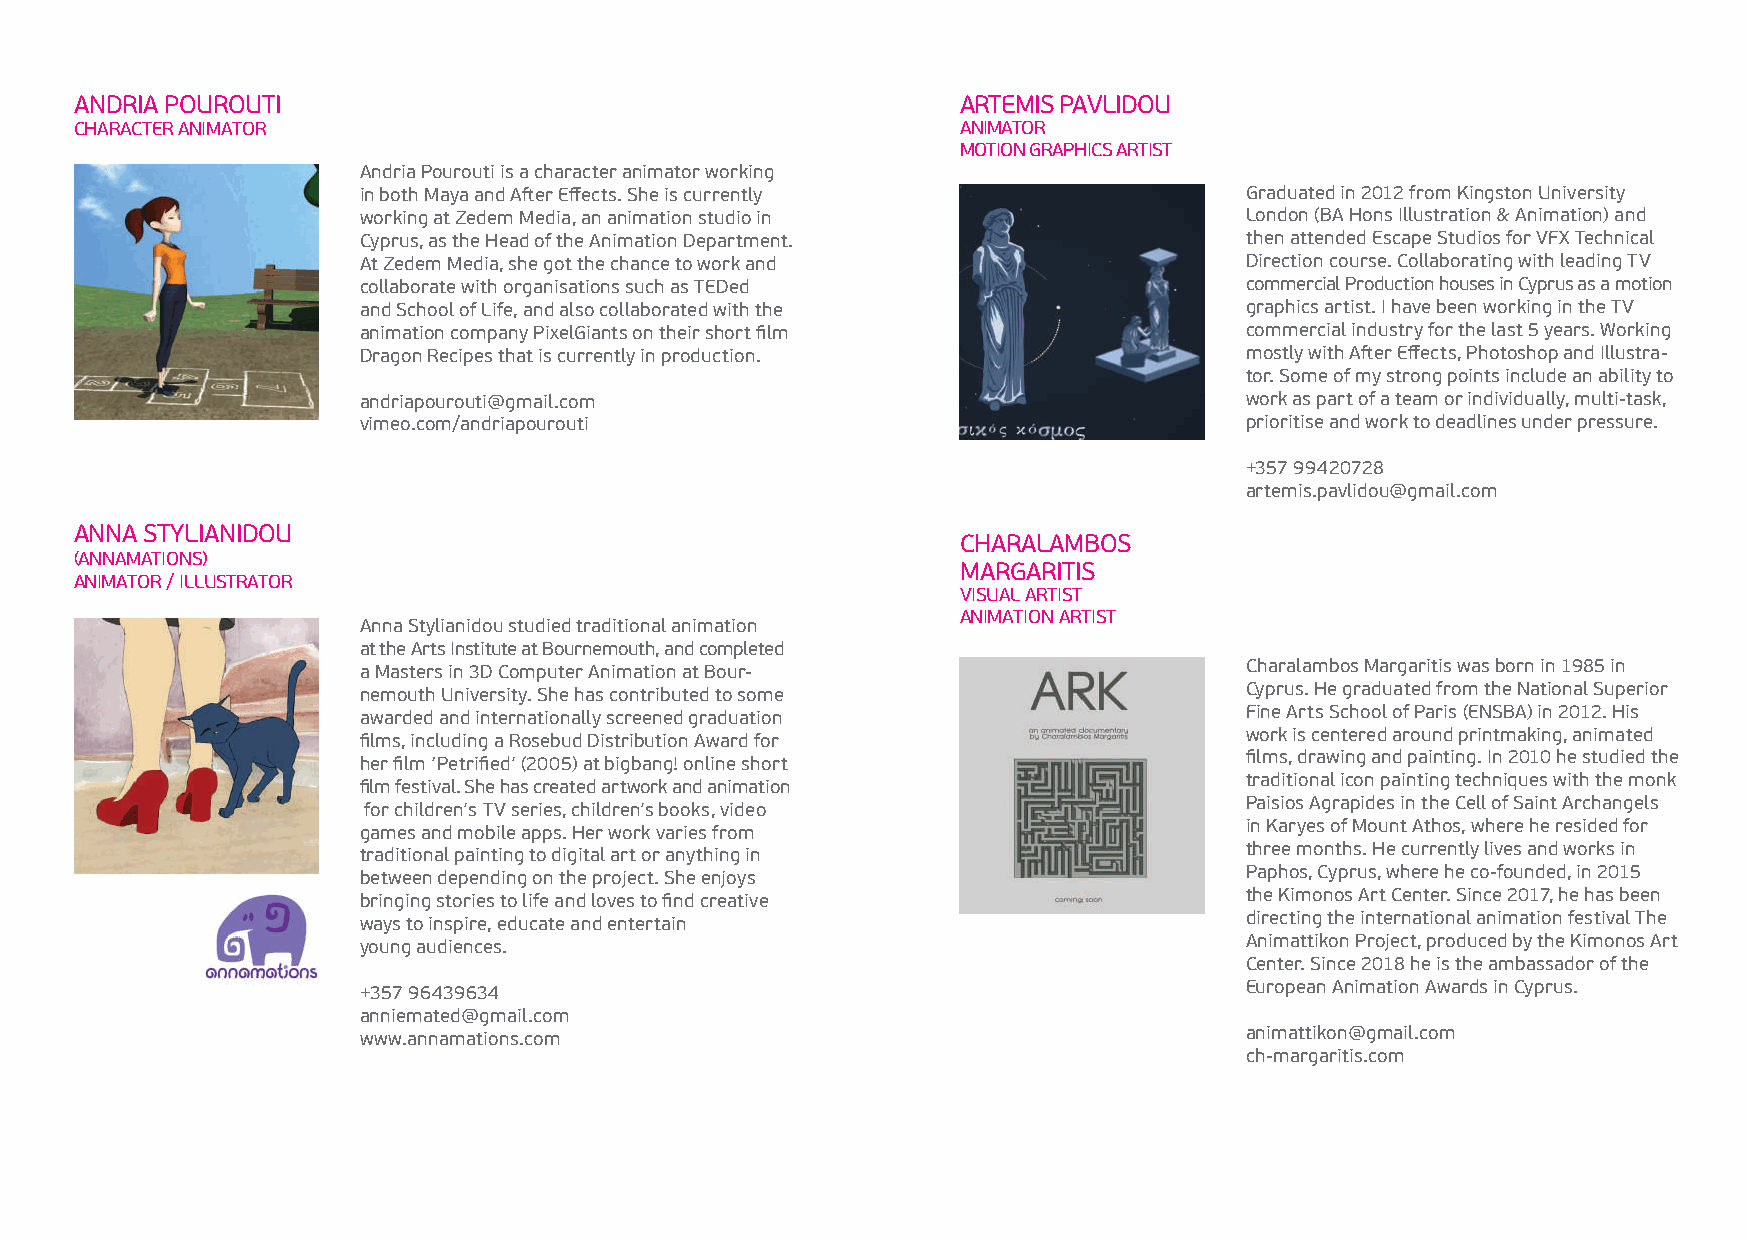
ANDRIA POUROUTI                                            ARTEMIS PAVLIDOU
 CHARACTER ANIMATOR                                         ANIMATOR
 MOTION GRAPHICS ARTIST
 Andria Pourouti is a character animator working
 in both Maya and After Effects. She is currently          Graduated in 2012 from Kingston University
 working at Zedem Media, an animation studio in            London (BA Hons Illustration & Animation) and
 Cyprus, as the Head of the Animation Department.          then attended Escape Studios for VFX Technical
 At Zedem Media, she got the chance to work and            Direction course. Collaborating with leading TV
 collaborate with organisations such as TEDed              commercial Production houses in Cyprus as a motion
 and School of Life, and also collaborated with the        graphics artist. I have been working in the TV
 animation company PixelGiants on their short film         commercial industry for the last 5 years. Working
 Dragon Recipes that is currently in production.           mostly with After Effects, Photoshop and Illustra-
 tor. Some of my strong points include an ability to
 andriapourouti@gmail.com                                  work as part of a team or individually, multi-task,
 vimeo.com/andriapourouti                                  prioritise and work to deadlines under pressure.
 +357 99420728
 artemis.pavlidou@gmail.com
 ANNA STYLIANIDOU
 CHARALAMBOS
 (ANNAMATIONS)
 MARGARITIS
 ANIMATOR / ILLUSTRATOR
 VISUAL ARTIST
 ANIMATION ARTIST
 Anna Stylianidou studied traditional animation
 at the Arts Institute at Bournemouth, and completed
 a Masters in 3D Computer Animation at Bour-               Charalambos Margaritis was born in 1985 in
 nemouth University. She has contributed to some           Cyprus. He graduated from the National Superior
 awarded and internationally screened graduation           Fine Arts School of Paris (ENSBA) in 2012. His
 films, including a Rosebud Distribution Award for         work is centered around printmaking, animated
 her film ‘Petrified’ (2005) at bigbang! online short      films, drawing and painting. In 2010 he studied the
 film festival. She has created artwork and animation      traditional icon painting techniques with the monk
 for children’s TV series, children’s books, video         Paisios Agrapides in the Cell of Saint Archangels
 games and mobile apps. Her work varies from               in Karyes of Mount Athos, where he resided for
 traditional painting to digital art or anything in        three months. He currently lives and works in
 between depending on the project. She enjoys              Paphos, Cyprus, where he co-founded, in 2015
 bringing stories to life and loves to find creative       the Kimonos Art Center. Since 2017, he has been
 ways to inspire, educate and entertain                    directing the international animation festival The
 young audiences.                                          Animattikon Project, produced by the Kimonos Art
 Center. Since 2018 he is the ambassador of the
 +357 96439634                                             European Animation Awards in Cyprus.
 anniemated@gmail.com
 www.annamations.com                                       animattikon@gmail.com
 ch-margaritis.com